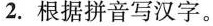
2.根据拼音写汉字。